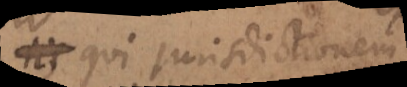
his qui jurisdictionem